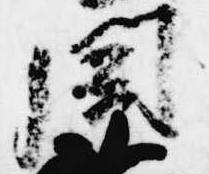
聞